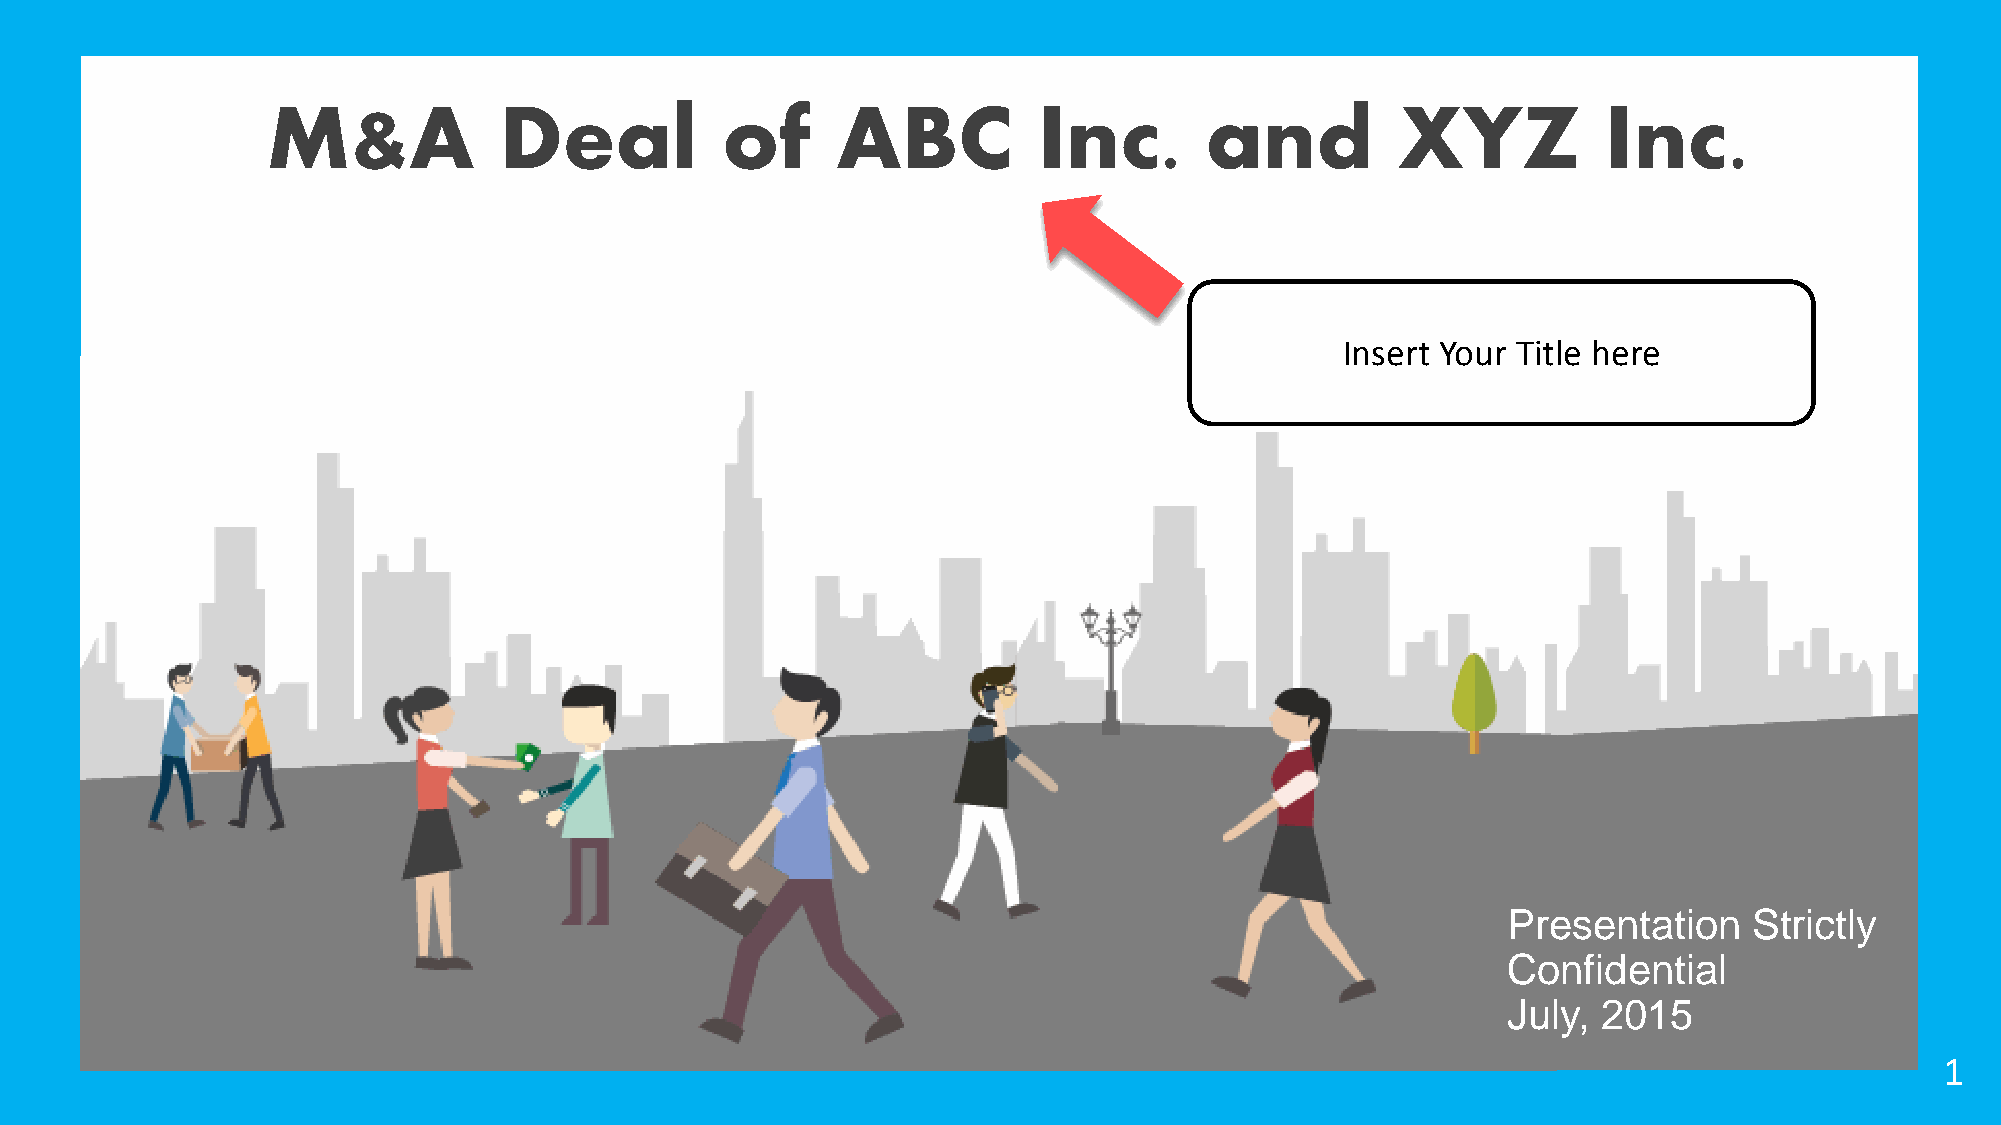
M&A            Deal           of     ABC           Inc.       and          XYZ          Inc.
 Insert Your Title here
 Presentation    Strictly
 Confidential
 July, 2015
 1